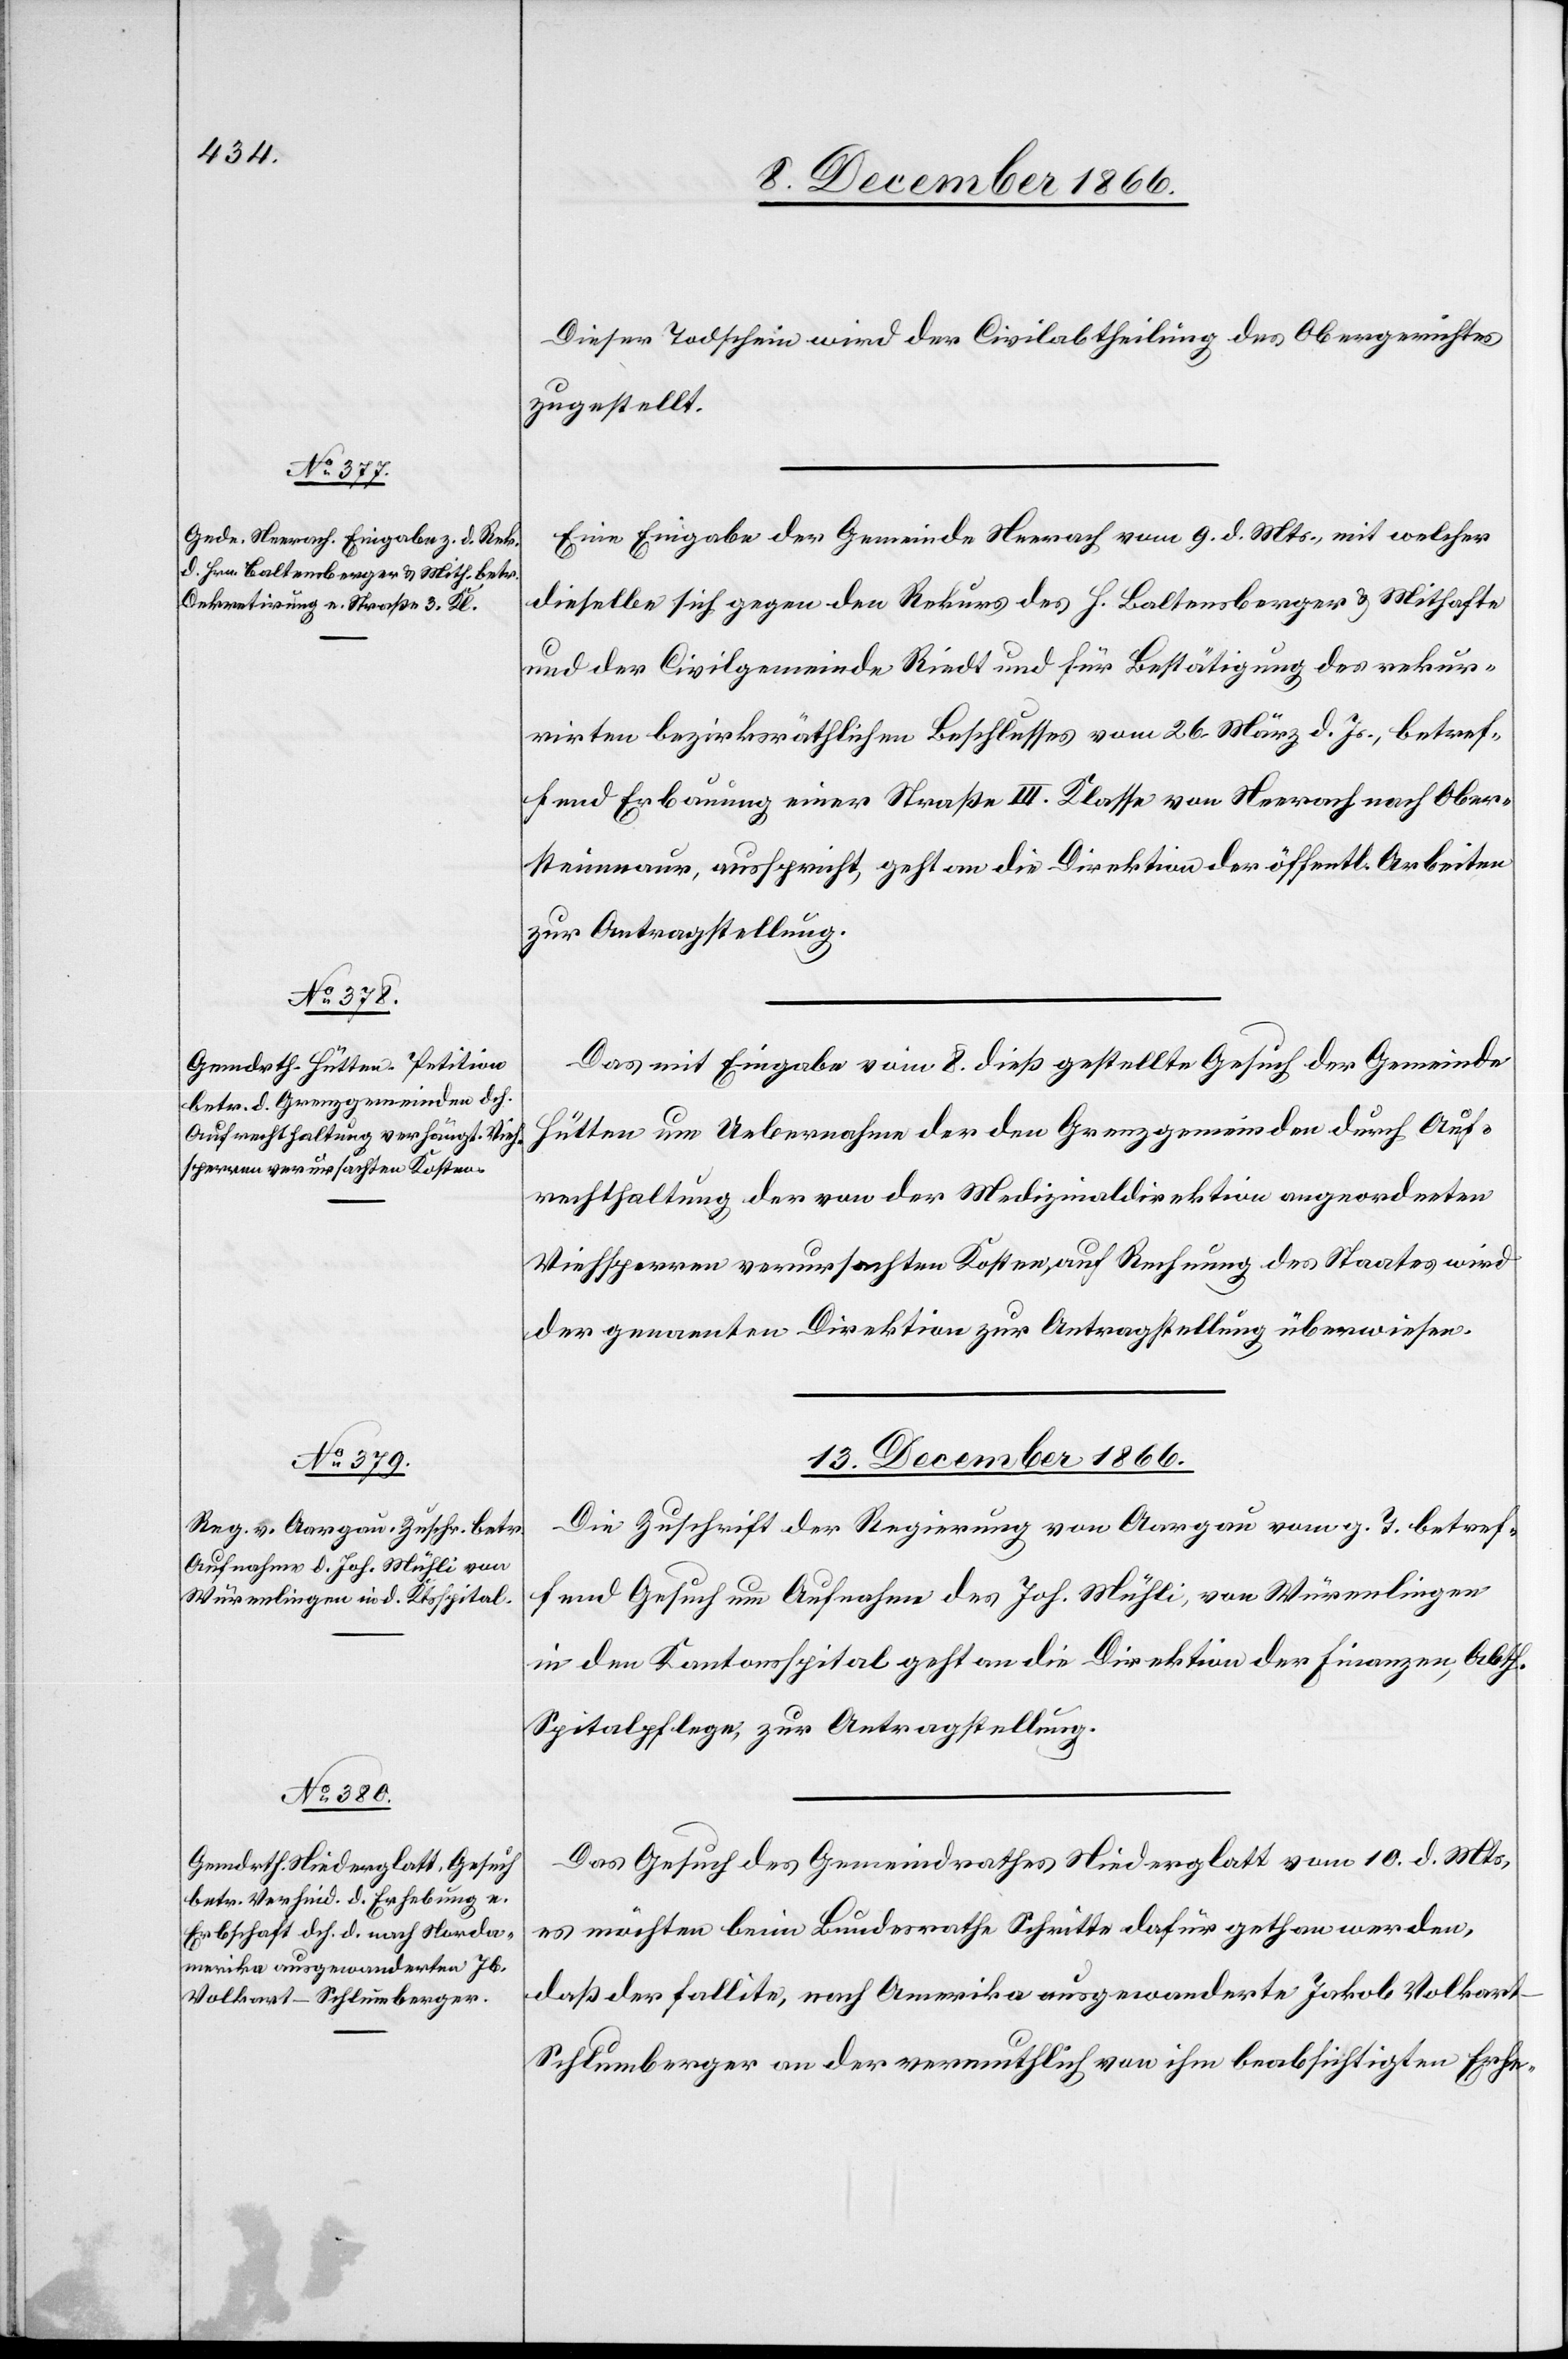
13. December 1866.]
Dieser Todschein wird der Civilabtheilung des Obergerichtes
zugestellt.
Eine Eingabe der Gemeinde Neerach vom 9. d. Mts., mit welcher
dieselbe sich gegen den Rekurs des H. Baltensberger u. Mithafte
und der Civilgemeinde Riedt und für Bestätigung des rekur¬
rirten bezirksräthlichen Beschlusses vom 26. März d. Js., betref¬
fend Erbauung einer Straße III. Klasse von Neerach nach Ober¬
steinmaur, ausspricht, geht an die Direktion der öffentl. Arbeiten
zur Antragstellung.
Das mit Eingabe vom 8. dieß gestellte Gesuch der Gemeinde
Hütten um Uebernahme der den Grenzgemeinden durch Auf¬
rechthaltung der von der Medizinaldirektion angeordneten
Viehsperren verursachten Kosten, auf Rechnung des Staates wird
der genannten Direktion zur Antragstellung überwiesen.
Die Zuschrift der Regierung von Aargau vom g. T. betref¬
fend Gesuch um Aufnahme des Joh. Mühli, von Würenlingen
in den Kantonsspital geht an die Direktion der Finanzen, Abth.
Spitalpflege, zur Antragstellung.
Das Gesuch des Gemeindrathes Niederglatt vom 10. d. Mts.
es möchten beim Bundesrathe Schritte dafür gethan werden,
daß der fallite, nach Amerika ausgewanderte Jakob Volkar¬
t-Schlumberger an der vermuthlich von ihm beabsichtigten Erhe-